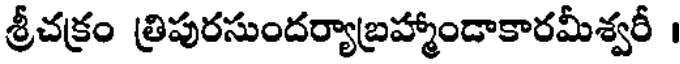
శ్రీచక్రం త్రిపురసుందర్యాబ్రహ్మాండాకారమీశ్వరీ ।